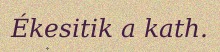
Ékesitik a kath.